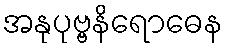
အနုပုဗ္ဗနိရောဓေန